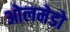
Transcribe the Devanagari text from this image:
ओलमेडो